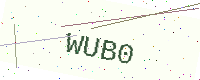
Text: WUB0